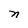
Character: n